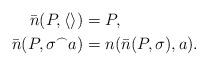
LaTeX: \begin{align*} \bar n(P,\langle\rangle)&=P,\\ \bar n(P,\sigma^\frown a)&=n(\bar n(P,\sigma),a).\end{align*}